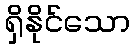
ရှိနိုင်သော